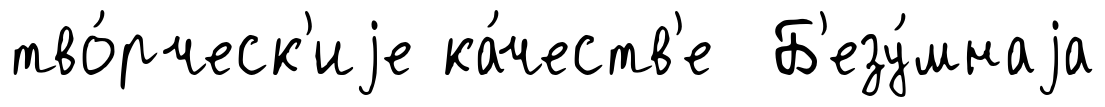
тво́рческ'иjе ка́честв'е Б'езу́мнаjа